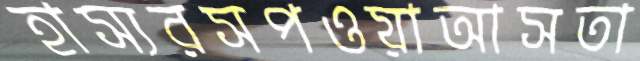
হাস্যরসপওয়াআসতা